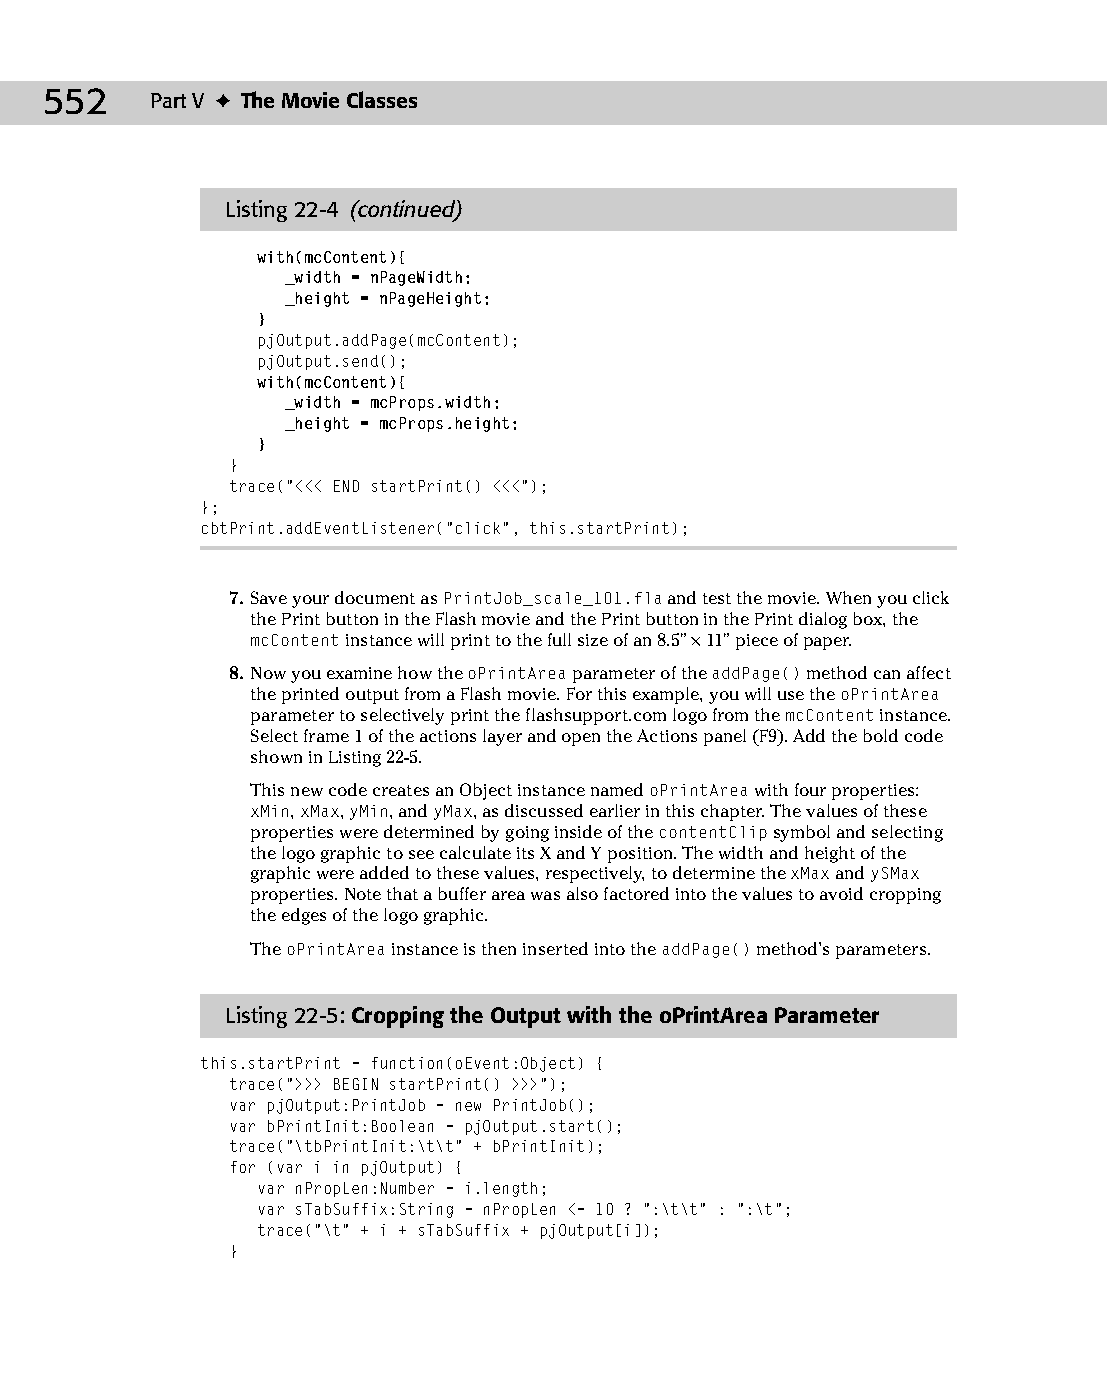
28 543547 ch22.qxd 3/24/04 4:09 PM Page 552
 552    Part V ✦ The Movie Classes
 Listing 22-4 (continued)
 with(mcContent){
 _width = nPageWidth;
 _height = nPageHeight;
 }
 pjOutput.addPage(mcContent);
 pjOutput.send();
 with(mcContent){
 _width = mcProps.width;
 _height = mcProps.height;
 }
 }
 trace(“<<< END startPrint() <<<”);
 };
 cbtPrint.addEventListener(“click”, this.startPrint);
 7. Save your document as PrintJob_scale_101.fla and test the movie. When you click
 the Print button in the Flash movie and the Print button in the Print dialog box, the
 mcContent instance will print to the full size of an 8.5" × 11" piece of paper.
 8. Now you examine how the oPrintArea parameter of the addPage() method can affect
 the printed output from a Flash movie. For this example, you will use the oPrintArea
 parameter to selectively print the flashsupport.com logo from the mcContent instance.
 Select frame 1 of the actions layer and open the Actions panel (F9). Add the bold code
 shown in Listing 22-5.
 This new code creates an Object instance named oPrintArea with four properties:
 xMin, xMax, yMin, and yMax, as discussed earlier in this chapter. The values of these
 properties were determined by going inside of the contentClip symbol and selecting
 the logo graphic to see calculate its X and Y position. The width and height of the
 graphic were added to these values, respectively, to determine the xMax and ySMax
 properties. Note that a buffer area was also factored into the values to avoid cropping
 the edges of the logo graphic.
 The oPrintArea instance is then inserted into the addPage() method’s parameters.
 Listing 22-5: Cropping the Output with the oPrintArea Parameter
 this.startPrint = function(oEvent:Object) {
 trace(“>>> BEGIN startPrint() >>>”);
 var pjOutput:PrintJob = new PrintJob();
 var bPrintInit:Boolean = pjOutput.start();
 trace(“\tbPrintInit:\t\t” + bPrintInit);
 for (var i in pjOutput) {
 var nPropLen:Number = i.length;
 var sTabSuffix:String = nPropLen <= 10 ? “:\t\t” : “:\t”;
 trace(“\t” + i + sTabSuffix + pjOutput[i]);
 }